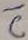
Text: C